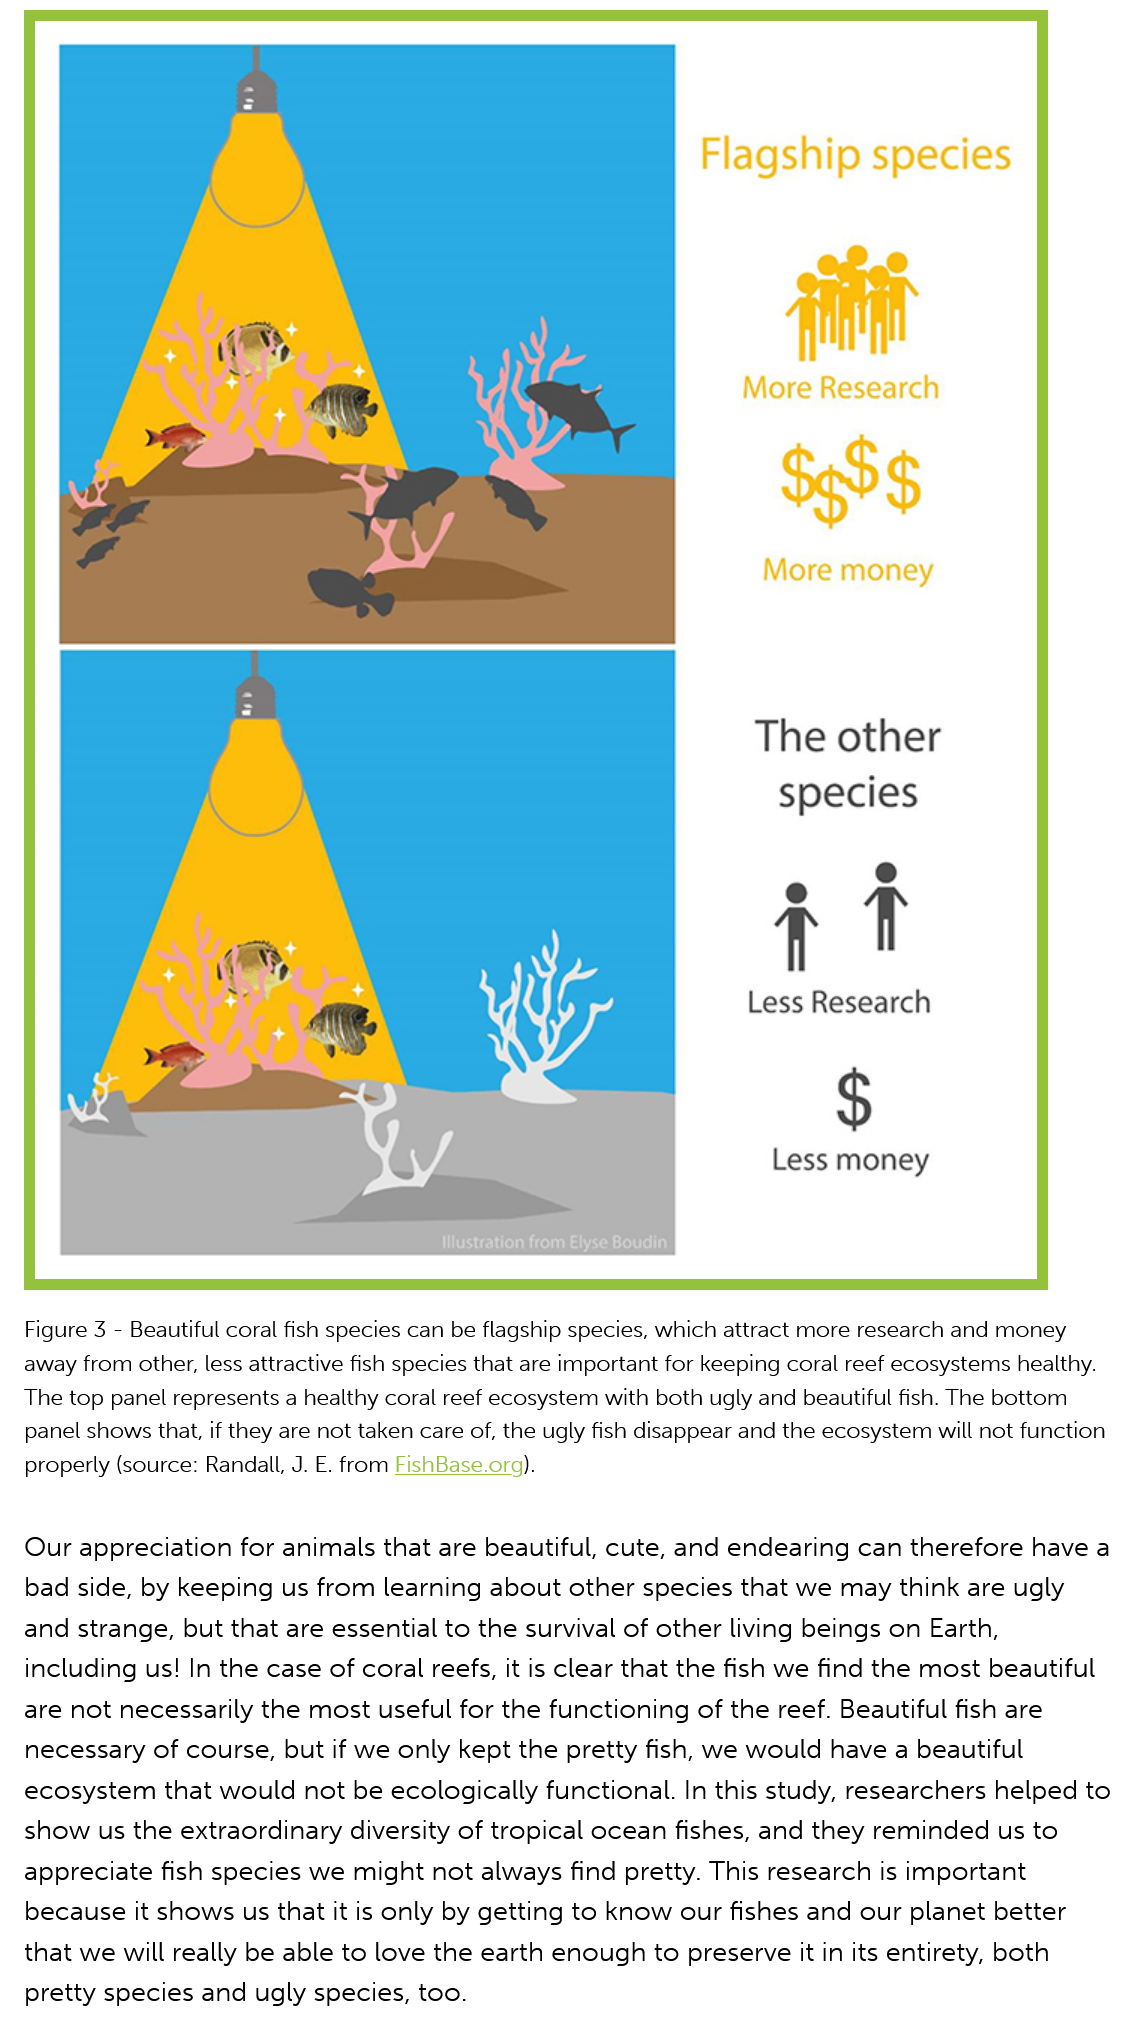
Figure 3
     -
     Beautiful coral fish species can be flagship species, which attract more research and money
   away from other, less attractive fish species that are important for keeping coral reef ecosystems healthy.
   The top panel represents a healthy coral reef ecosystem with both ugly and beautiful fish. The bottom
   panel shows that, if they are not taken care of, the ugly fish disappear and the ecosystem will not function
   properly (source: Randall, J. E. from FishBase.org).
   Our appreciation  for animals  that are beautiful, cute, and endearing can  therefore have  a
   bad side, by keeping  us from  learning about  other species that we  may think  are ugly
   and strange, but that are essential to the survival of other living beings on Earth,
   including us! In the case of coral reefs, it is clear that the fish we find the most beautiful
   are not necessarily the most  useful for the functioning  of the reef. Beautiful fish are
   necessary  of course, but if we only kept the pretty fish, we would  have  a beautiful
   ecosystem   that would  not be ecologically  functional. In this study, researchers helped to
   show us the  extraordinary  diversity of tropical ocean fishes, and they reminded  us to
   appreciate fish species we  might  not always find pretty. This research is important
   because it shows us that it is only by getting to know  our fishes and  our planet better
   that we will really be able to love the earth enough to  preserve it in its entirety, both
   pretty species and  ugly species, too.